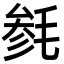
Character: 毵